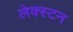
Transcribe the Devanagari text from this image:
लेक्स्टन